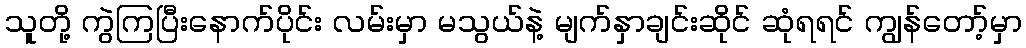
သူတို့ ကွဲကြပြီးနောက်ပိုင်း လမ်းမှာ မသွယ်နဲ့ မျက်နှာချင်းဆိုင် ဆုံရရင် ကျွန်တော့်မှာ